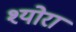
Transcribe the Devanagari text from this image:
श्योरा